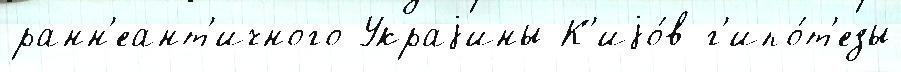
ранн'еант'ичного Украjины К'иjо́в г'ипо́т'езы